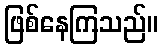
ဖြစ်နေကြသည်။